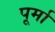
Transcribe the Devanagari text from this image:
पूर्मा